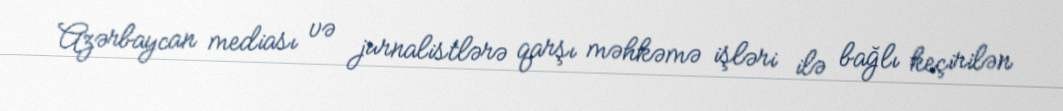
Azərbaycan mediası və jurnalistlərə qarşı məhkəmə işləri ilə bağlı keçirilən